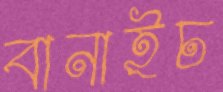
বানাইচ